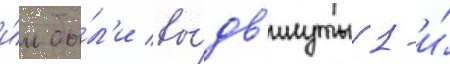
и́м бы́л'и вы́дв'инуты 1-и́